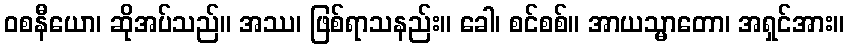
ဝစနီယော၊ ဆိုအပ်သည်။ အဿ၊ ဖြစ်ရာသနည်း။ ခေါ၊ စင်စစ်။ အာယသ္မာတော၊ အရှင်အား။